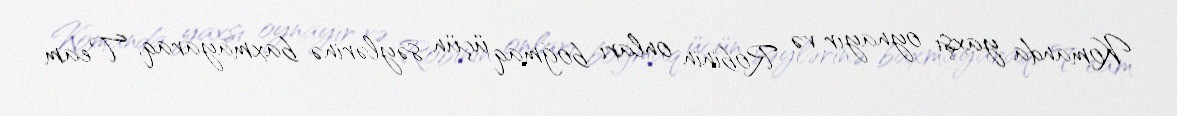
Komanda yaxşı oynayır və Robinin onları boğmaq üçün səylərinə baxmayaraq, Team